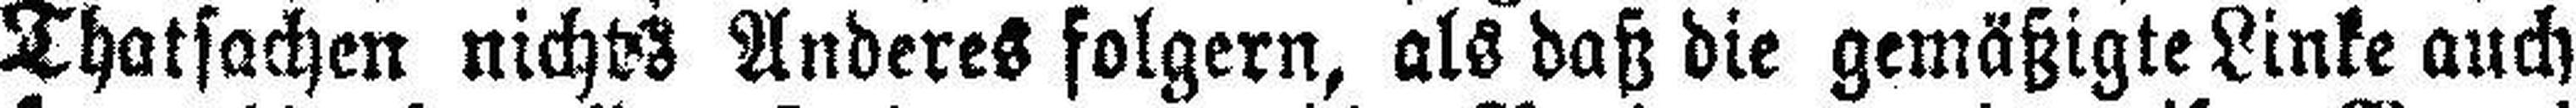
Thatsachen nichts Anderes folgern, als daß die gemäßigte Linke auch